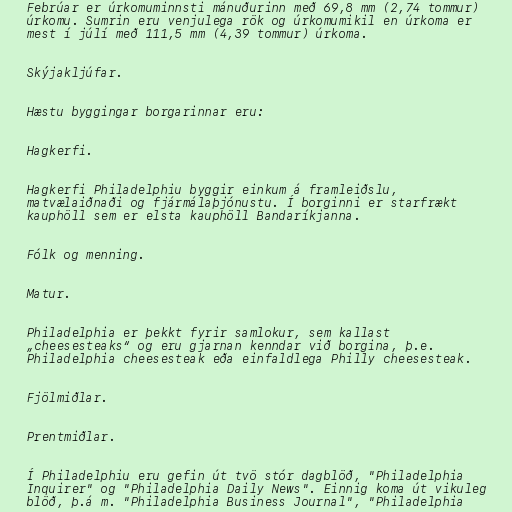
Febrúar er úrkomuminnsti mánuðurinn með 69,8 mm (2,74 tommur)
úrkomu. Sumrin eru venjulega rök og úrkomumikil en úrkoma er
mest í júlí með 111,5 mm (4,39 tommur) úrkoma.

Skýjakljúfar.

Hæstu byggingar borgarinnar eru:

Hagkerfi.

Hagkerfi Philadelphiu byggir einkum á framleiðslu,
matvælaiðnaði og fjármálaþjónustu. Í borginni er starfrækt
kauphöll sem er elsta kauphöll Bandaríkjanna.

Fólk og menning.

Matur.

Philadelphia er þekkt fyrir samlokur, sem kallast
„cheesesteaks“ og eru gjarnan kenndar við borgina, þ.e.
Philadelphia cheesesteak eða einfaldlega Philly cheesesteak.

Fjölmiðlar.

Prentmiðlar.

Í Philadelphiu eru gefin út tvö stór dagblöð, "Philadelphia
Inquirer" og "Philadelphia Daily News". Einnig koma út vikuleg
blöð, þ.á m. "Philadelphia Business Journal", "Philadelphia